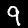
Digit: 9